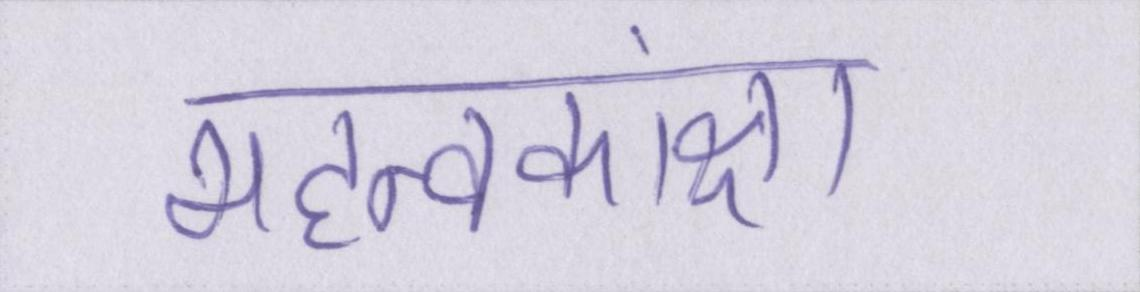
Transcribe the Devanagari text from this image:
महत्वकांक्षा